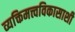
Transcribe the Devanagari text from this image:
व्यक्तिमत्त्वविकासाशी